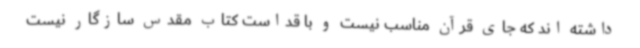
داشته اند که جای قرآن مناسب نیست و با قداست کتاب مقدس سازگار نیست